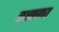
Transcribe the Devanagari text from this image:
डसका